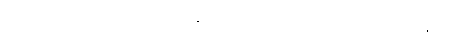
ဖြတ်သန်းပြီးခဲ့တဲ့နောက် သူတို့နိုင်ငံရဲ့ ပထမဆုံးဂြိုဟ်တုကို ၁၉၇၀ ခုနှစ်မှာမှ